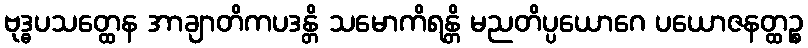
ဗုဒ္ဓပသတ္ထေန အာချာတိကပဒန္တိ သမောကိရန္တိ မညတိပ္ပယောဂေ ပယောဇနတ္ထဉ္စ